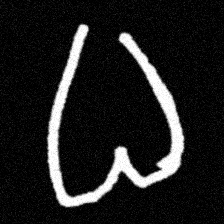
Pyu character \u2014 Myanmar letter: ဓ (romanized: dha)